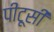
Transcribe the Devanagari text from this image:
पीटूसी